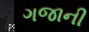
ગજાની